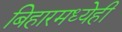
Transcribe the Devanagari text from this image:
बिहारमध्येही